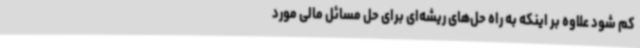
کم شود علاوه بر اینکه به راه حل‌های ریشه‌ای برای حل مسائل مالی مورد